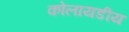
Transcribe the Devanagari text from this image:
कोलायडीय